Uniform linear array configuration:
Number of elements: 16
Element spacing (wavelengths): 0.75
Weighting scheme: hamming
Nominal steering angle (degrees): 0
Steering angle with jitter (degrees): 1.826
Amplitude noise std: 0.05
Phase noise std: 0.05

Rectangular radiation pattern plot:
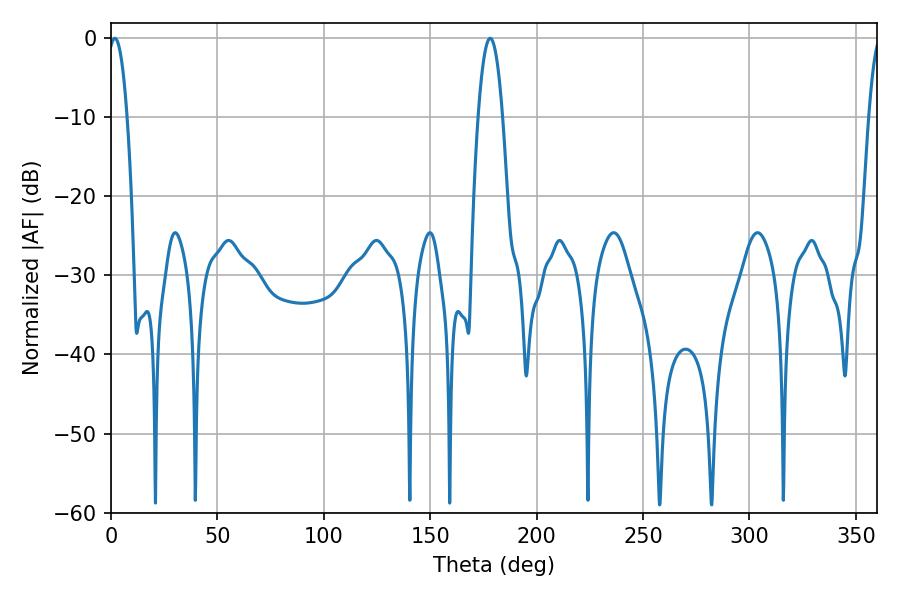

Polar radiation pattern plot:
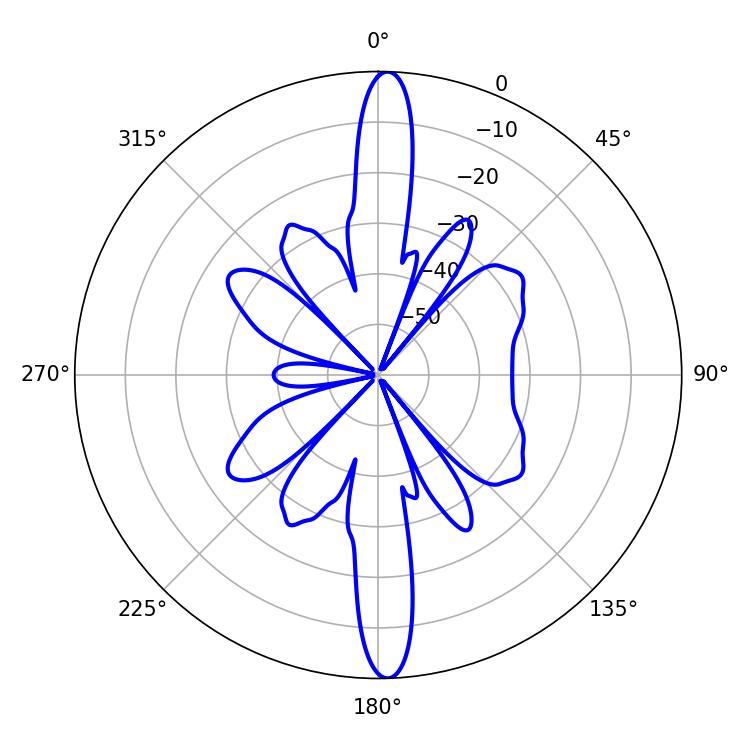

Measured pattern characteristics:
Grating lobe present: TRUE
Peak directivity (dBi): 24.124
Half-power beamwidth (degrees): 5.04
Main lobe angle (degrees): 1.8